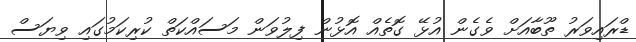
ޑްރައިވަރު ތޫބާއަށް ވެގެން އުޅޭ ގޮތެއް އޮޅުން ފިލުވަން މަސައްކަތް ކުރިކަމުގައި ވިޔަސް